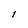
Character: I